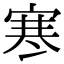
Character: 寒